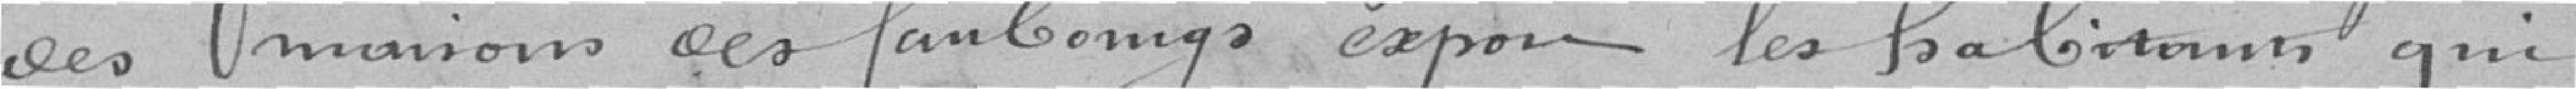
des maisons des faubourgs expose les habitants qui